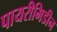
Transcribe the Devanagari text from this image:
पायरीमिडीन